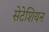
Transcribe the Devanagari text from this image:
सेटेशियन